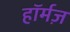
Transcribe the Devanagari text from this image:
हॉर्मज़